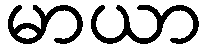
မာယာ